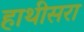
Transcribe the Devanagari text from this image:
हाथीसरा